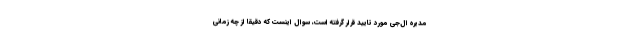
مدیره ال‌جی مورد تایید قرار گرفته است، سوال اینست که دقیقا از چه زمانی